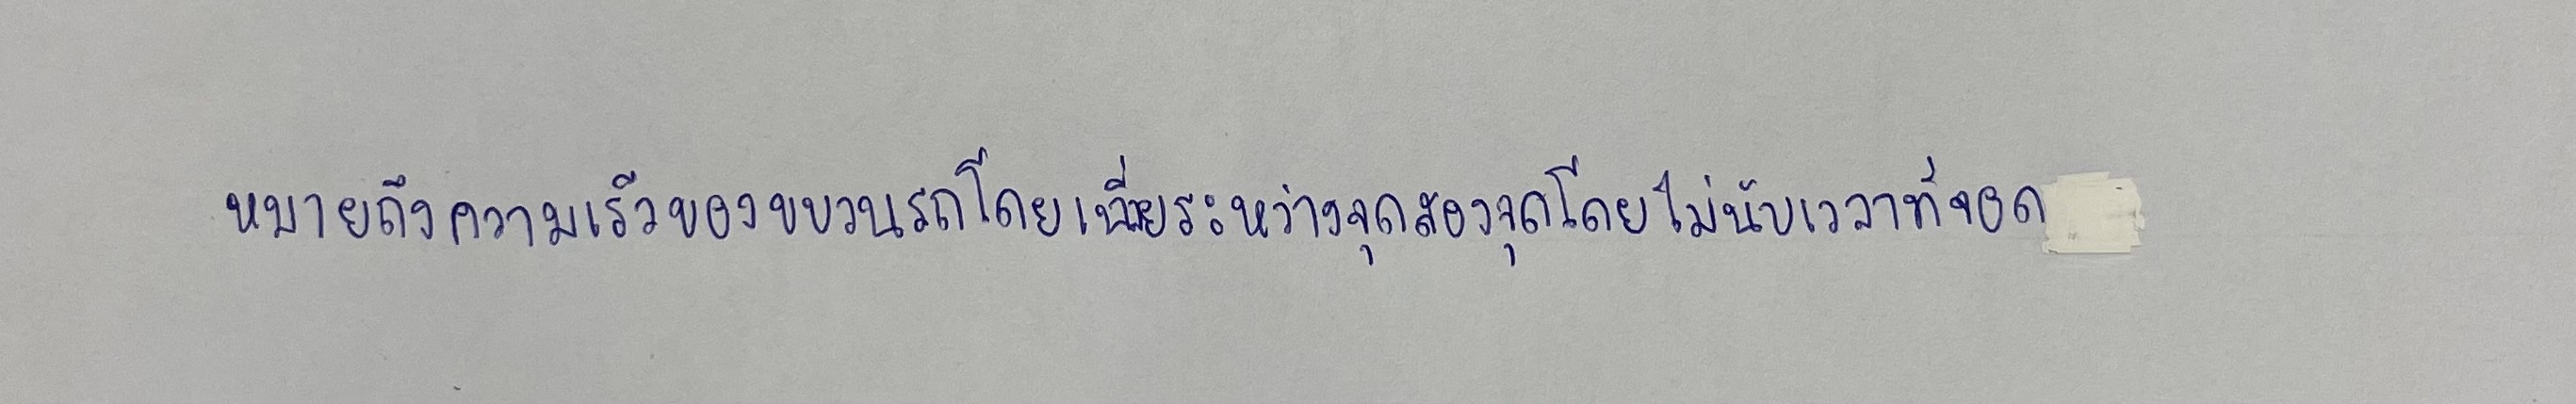
หมายถึงความเร็วของขบวนรถโดยเฉลี่ยระหว่างจุดสองจุดโดยไม่นับเวลาที่จอด